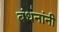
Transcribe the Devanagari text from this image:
बंधनांनी